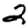
Digit: 2